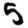
Digit: 5